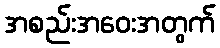
အစည်းအဝေးအတွက်